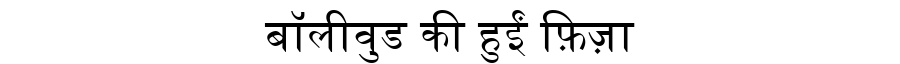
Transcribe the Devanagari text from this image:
बॉलीवुड की हुईं फ़िज़ा